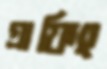
গ্রাফিং